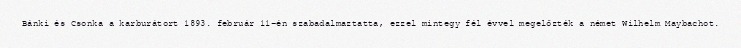
Bánki és Csonka a karburátort 1893. február 11-én szabadalmaztatta, ezzel mintegy fél évvel megelőzték a német Wilhelm Maybachot.